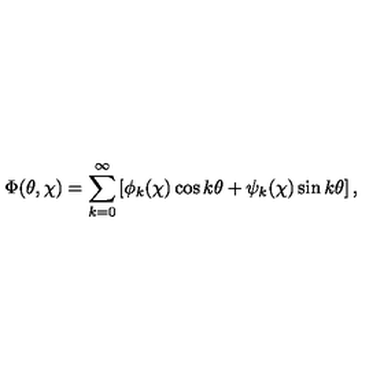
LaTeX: \Phi ( \theta , \chi ) = \sum _ { k = 0 } ^ { \infty } \left[ \phi _ { k } ( \chi ) \cos k \theta + \psi _ { k } ( \chi ) \sin k \theta \right] ,